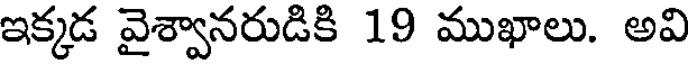
ఇక్కడ వైశ్వానరుడికి 19 ముఖాలు. అవి